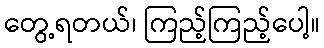
တွေ့ရတယ်၊ ကြည့်ကြည့်ပေါ့။